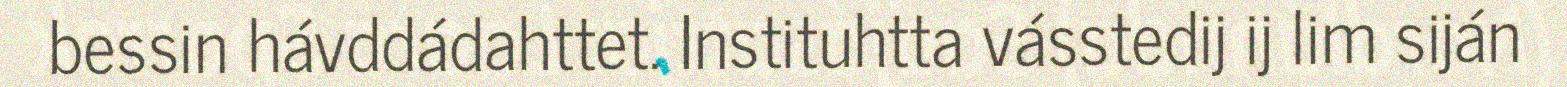
bessin hávddádahttet. Instituhtta vásstedij ij lim siján